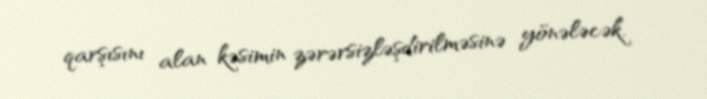
qarşısını alan kəsimin zərərsizləşdirilməsinə yönələcək.